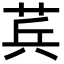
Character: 𮏊